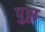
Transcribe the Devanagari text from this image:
पुठ्ठा